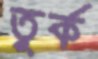
তুর্ক